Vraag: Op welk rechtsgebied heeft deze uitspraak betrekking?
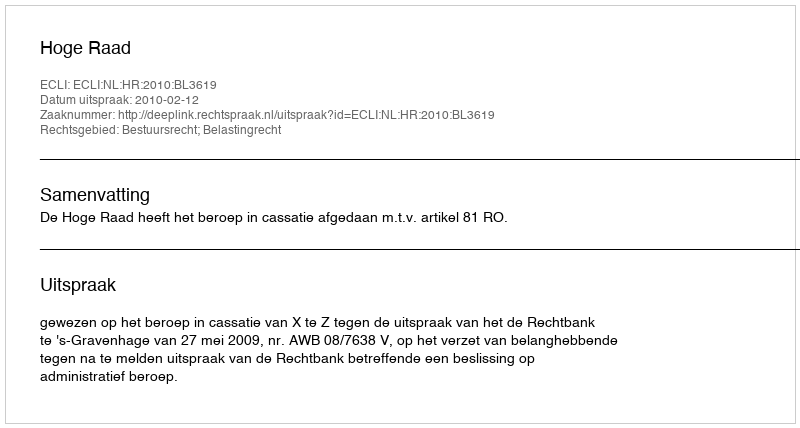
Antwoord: Bestuursrecht; Belastingrecht